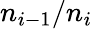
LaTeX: {n_{i-1}}/{n_{i}}